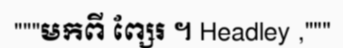
"""មកពី ព្សែរ ។ Headley ,"""